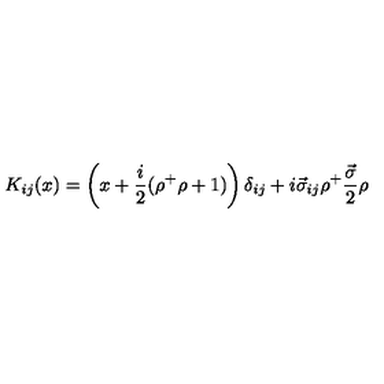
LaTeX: K _ { i j } ( x ) = \left( x + \frac { i } { 2 } ( \rho ^ { + } \rho + 1 ) \right) \delta _ { i j } + i \vec { \sigma } _ { i j } \rho ^ { + } \frac { \vec { \sigma } } { 2 } \rho